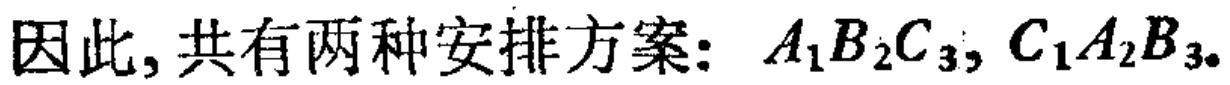
因此, 共有两种安排方案: \(A_{1}B_{2}C_{3}, C_{1}A_{2}B_{3}\)。